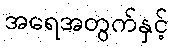
အရေအတွက်နှင့်